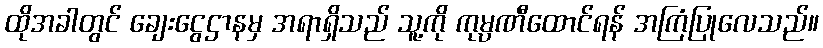
ထိုအခါတွင် ချေးငွေဌာနမှ အရာရှိသည် သူ့ကို ကုမ္ပဏီထောင်ရန် အကြံပြုလေသည်။